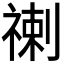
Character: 𥚲